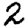
Digit: 2